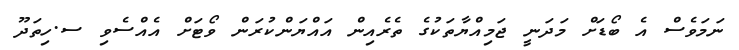
ނަމަވެސް އެ ބޯޑަށް މަދަނީ ޖަމިއްޔާތަކުގެ ތެރެއިން އައްޔަންކުރަން ވޯޓަށް އެއްސެވި ސ.ހިތަދޫ